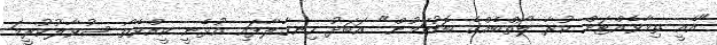
"އެއީ ތިމާވެއްޓަށް ކުރާ ލޯތްބެއްގެ ބޮޑުކަމުން" އަބަދު ހިނގާލާފައި އުޅެނީ ކީއްވެތޯ ސުވާލުކުރީމަ